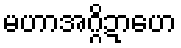
မဟာအဂ္ဂိဍာဟေ